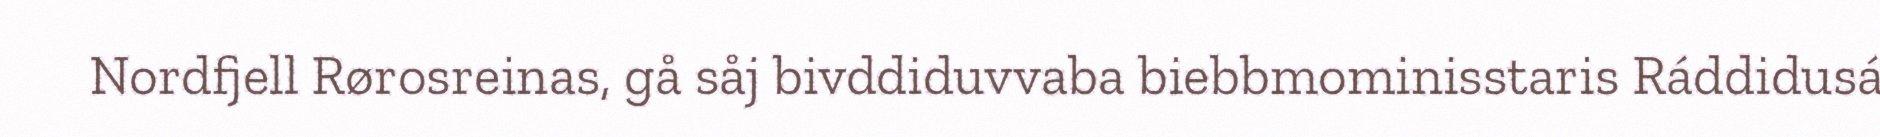
Nordfjell Rørosreinas, gå såj bivddiduvvaba biebbmominisstaris Ráddidusá